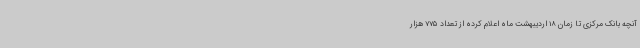
آنچه بانک مرکزی تا زمان 18 اردیبهشت ماه اعلام کرده از تعداد 775 هزار